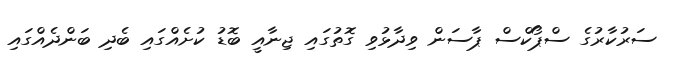
ސަރުކާރުގެ ސްޕޯކްސް ޕާސަން ވިދާޅުވި ގޮތުގައި ޖިނާއީ ބޮޑު ކުށެއްގައި ބެދި ބަންދެއްގައި